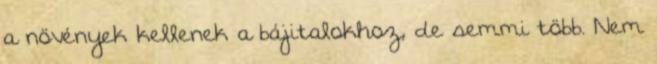
a növények kellenek a bájitalokhoz, de semmi több. Nem